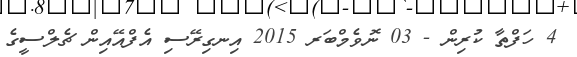
4 ހަފްތާ ކުރިން - 03 ނޮވެމްބަރ 2015 އިނގިރޭސި އެފްއޭއިން ޗެލްސީގެ